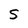
Character: S